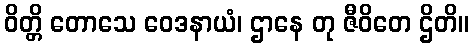
ဝိတ္တိ တောသေ ဝေဒနာယံ၊ ဌာနေ တု ဇီဝိတေ ဌိတိ။